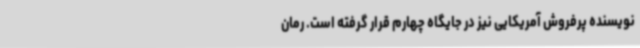
نویسنده پرفروش آمریکایی نیز در جایگاه چهارم قرار گرفته است. رمان